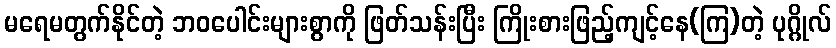
မရေမတွက်နိုင်တဲ့ ဘဝပေါင်းများစွာကို ဖြတ်သန်းပြီး ကြိုးစားဖြည့်ကျင့်နေ(ကြ)တဲ့ ပုဂ္ဂိုလ်